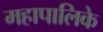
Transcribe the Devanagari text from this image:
महापालिके